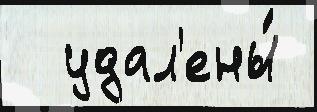
  удал'ены́